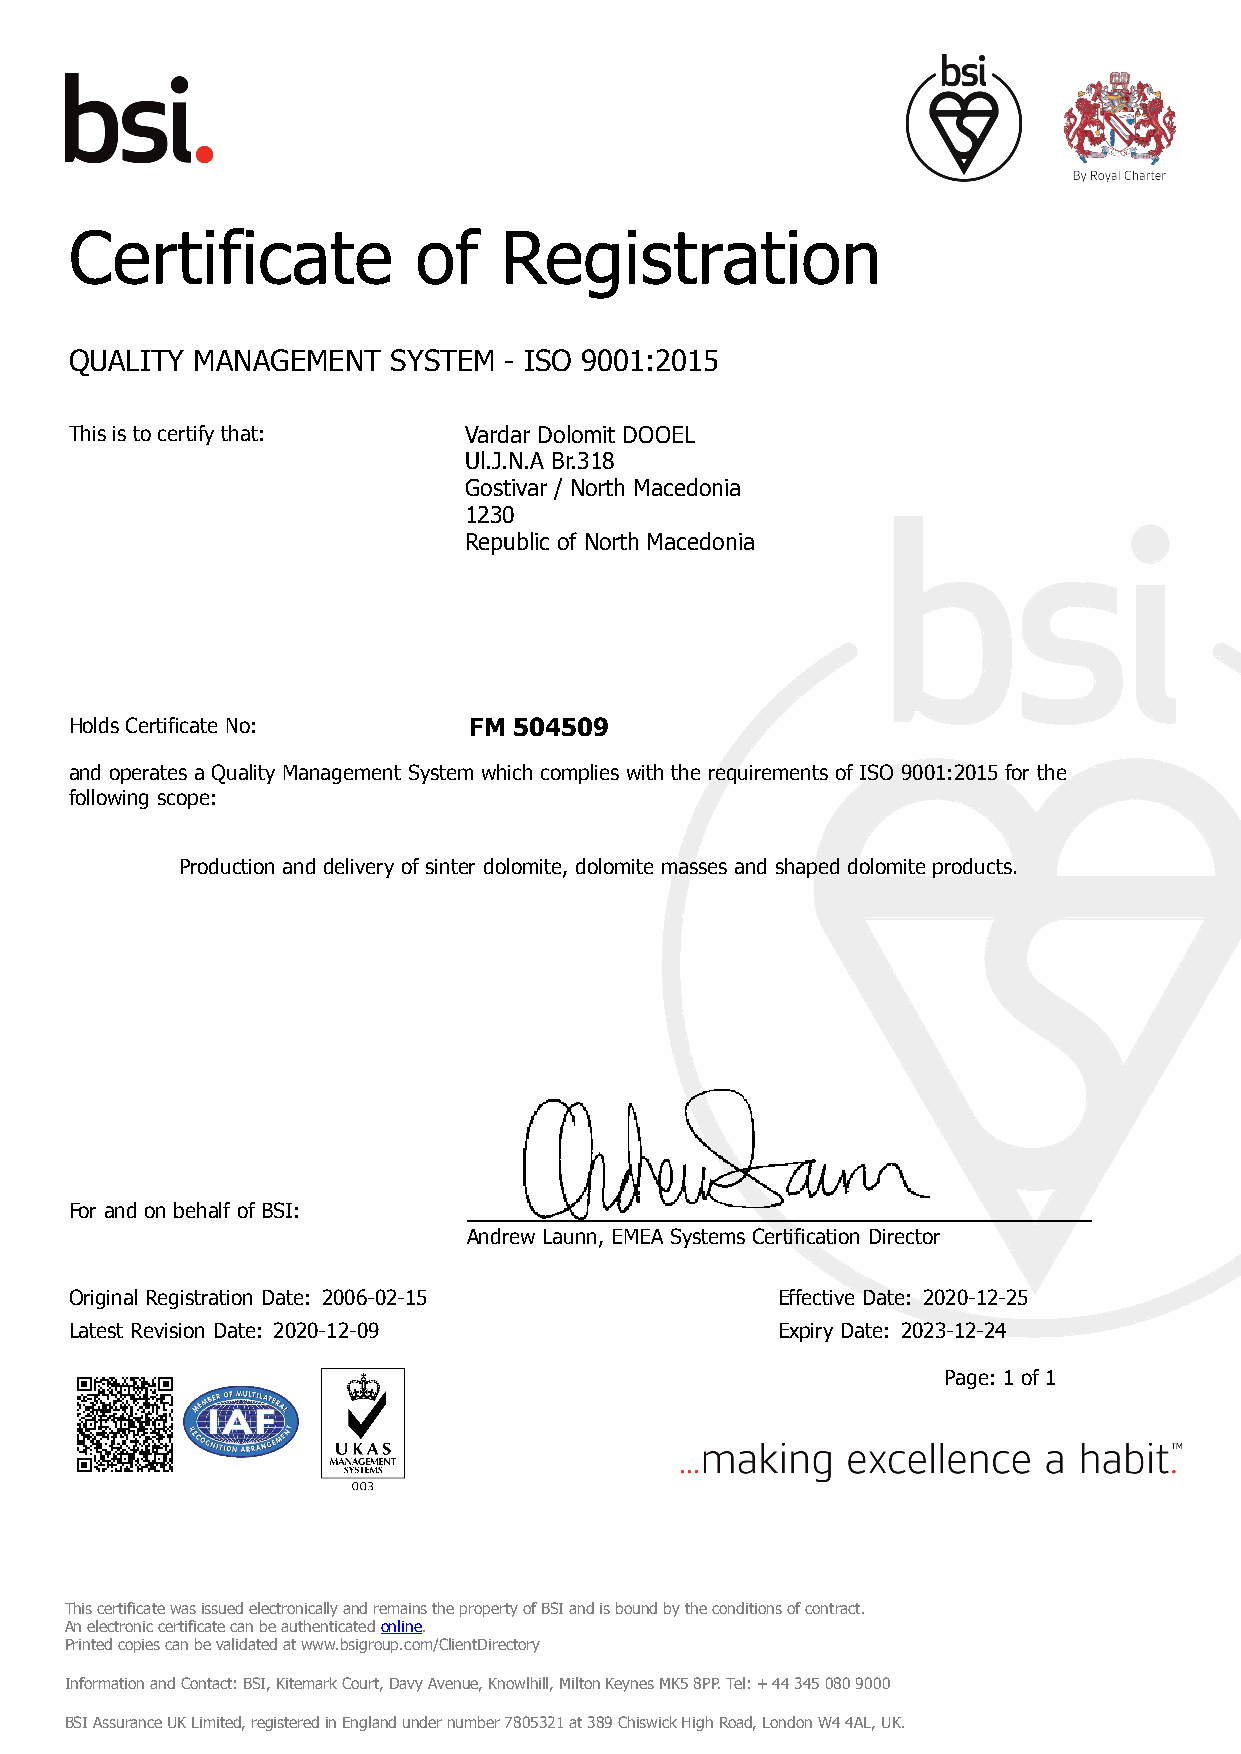
Certificate           of    Registration
 QUALITY MANAGEMENT   SYSTEM - ISO 9001:2015
 This is to certify that:  Vardar Dolomit DOOEL
 Ul.J.N.A Br.318
 Gostivar / North Macedonia
 1230
 Republic of North Macedonia
 Holds Certificate No:     FM 504509
 and operates a Quality Management System which complies with the requirements of ISO 9001:2015 for the
 following scope:
 Production and delivery of sinter dolomite, dolomite masses and shaped dolomite products.
 For and on behalf of BSI:
 Andrew Launn, EMEA Systems Certification Director
 Original Registration Date: 2006-02-15        Effective Date: 2020-12-25
 Latest Revision Date: 2020-12-09              Expiry Date: 2023-12-24
 Page: 1 of 1
 This certificate was issued electronically and remains the property of BSI and is bound by the conditions of contract.
 An electronic certificate can be authenticated online.
 Printed copies can be validated at www.bsigroup.com/ClientDirectory
 Information and Contact: BSI, Kitemark Court, Davy Avenue, Knowlhill, Milton Keynes MK5 8PP. Tel: + 44 345 080 9000
 BSI Assurance UK Limited, registered in England under number 7805321 at 389 Chiswick High Road, London W4 4AL, UK.